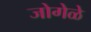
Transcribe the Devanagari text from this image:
जोगेळे